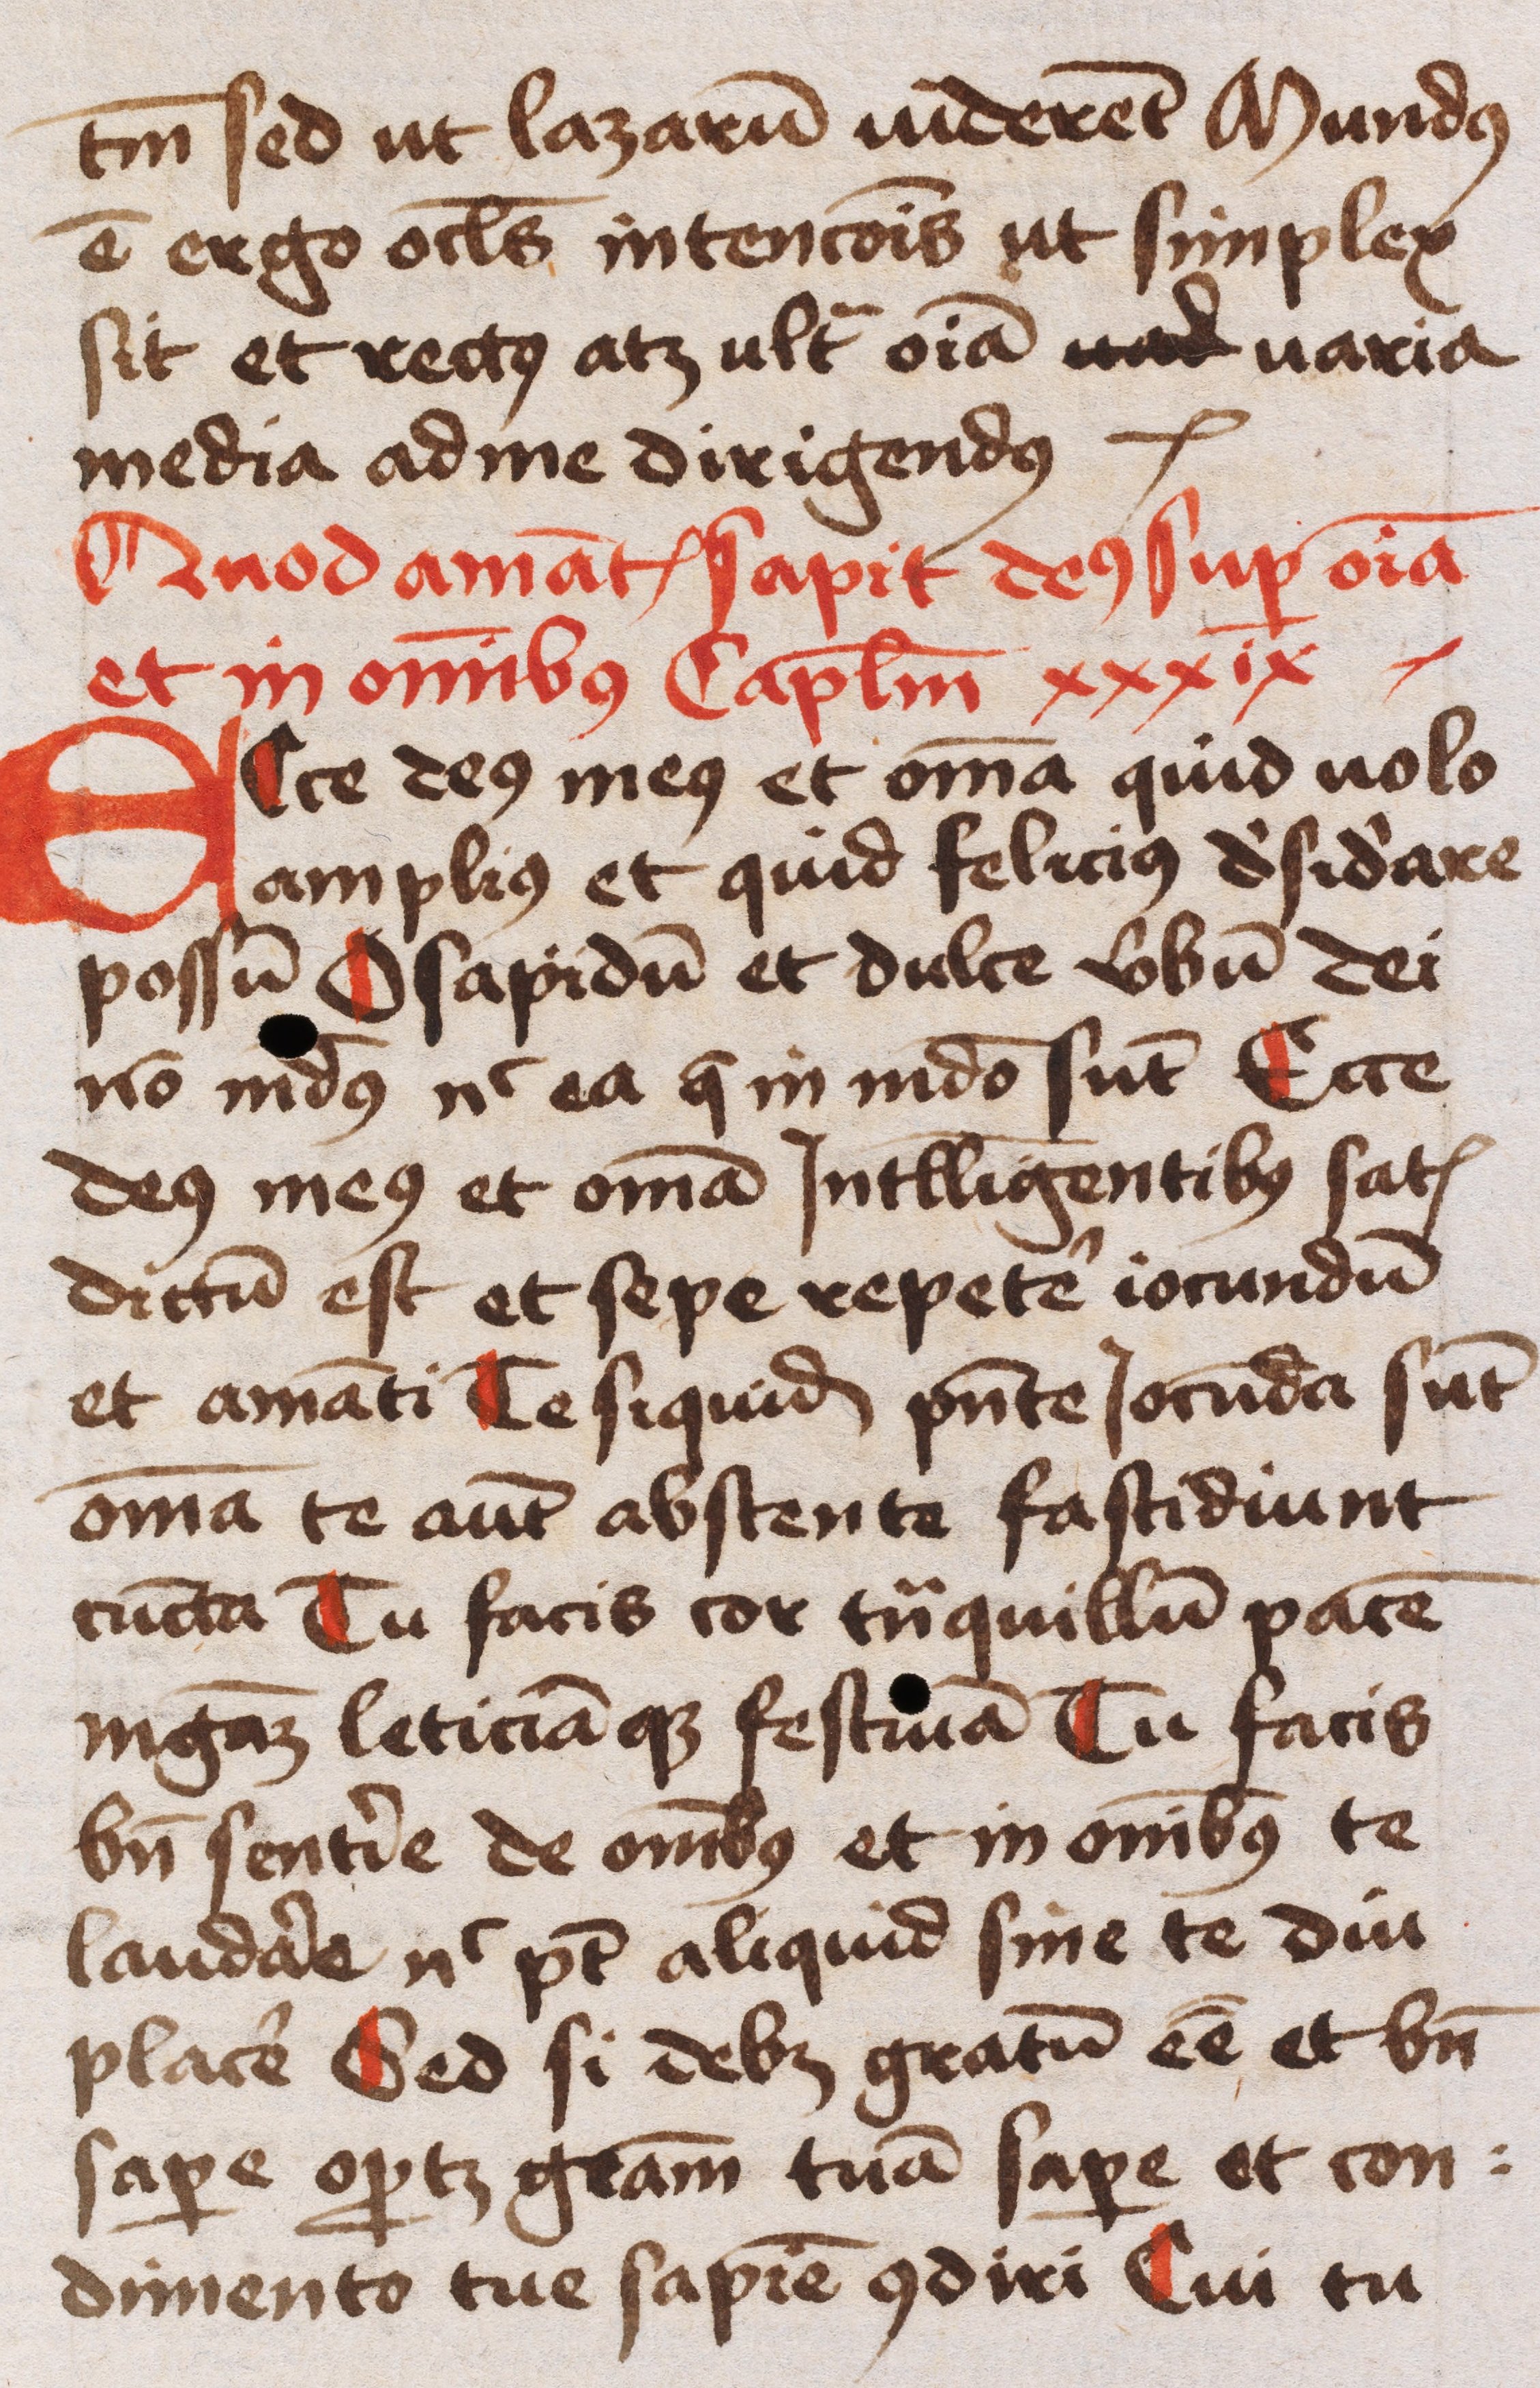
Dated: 1445–1455